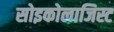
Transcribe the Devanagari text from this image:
सोइकोलाजिस्ट